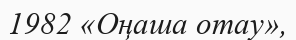
1982 «Оңаша отау»,